Leaving Certificate Examination (including Day School Certificate (Higher) General paper), 1934
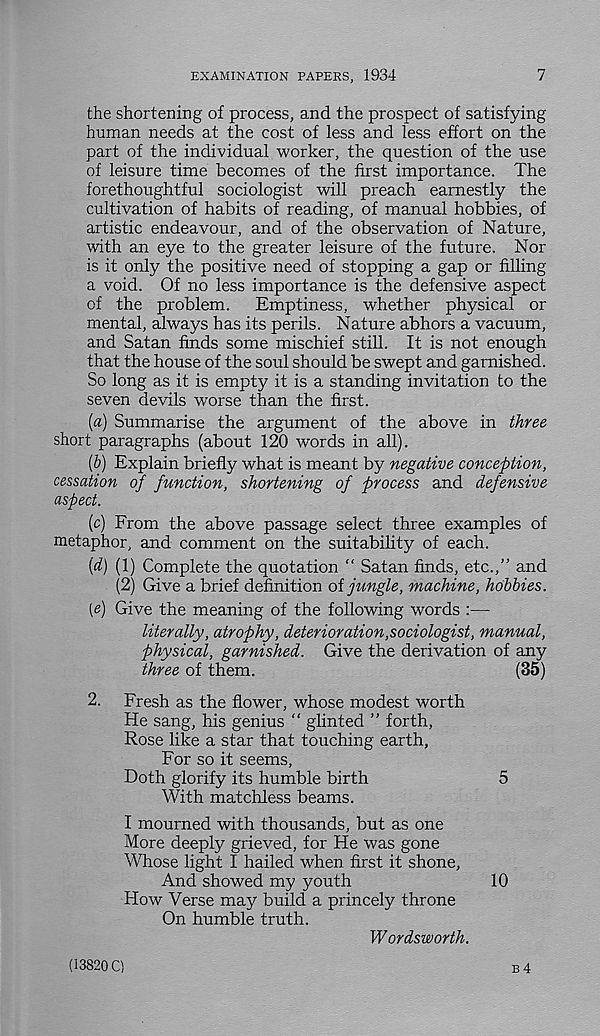
EXAMINATION PAPERS, 1934
7
the shortening of process, and the prospect of satisfying
human needs at the cost of less and less effort on the
part of the individual worker, the question of the use
of leisure time becomes of the first importance. The
forethoughtful sociologist will preach earnestly the
cultivation of habits of reading, of manual hobbies, of
artistic endeavour, and of the observation of Nature,
with an eye to the greater leisure of the future. Nor
is it only the positive need of stopping a gap or filling
a void. Of no less importance is the defensive aspect
of the problem. Emptiness, whether physical or
mental, always has its perils. Nature abhors a vacuum,
and Satan finds some mischief still. It is not enough
that the house of the soul should be swept and garnished.
So long as it is empty it is a standing invitation to the
seven devils worse than the first.
[a) Summarise the argument of the above in three
short paragraphs (about 120 words in all).
{b) Explain briefly what is meant by negative conception,
cessation of function, shortening of process and defensive
aspect.
[c) From the above passage select three examples of
metaphor, and comment on the suitability of each.
[d) (1) Complete the quotation “ Satan finds, etc.,” and
(2) Give a brief definition oi jungle, machine, hobbies.
[e) Give the meaning of the following words :—
literally, atrophy, deterioration,sociologist, manual,
physical, garnished. Give the derivation of any
three of them.
(35)
2. Fresh as the flower, whose modest worth
He sang, his genius “ glinted ” forth,
Rose like a star that touching earth,
For so it seems,
Doth glorify its humble birth
5
With matchless beams.
I mourned with thousands, but as one
More deeply grieved, for He was gone
Whose light I hailed when first it shone,
And showed my youth
10
How Verse may build a princely throne
On humble truth.
Wordsworth.
(13820 C)
B 4